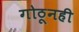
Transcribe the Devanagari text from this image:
गोठूनही